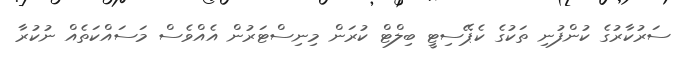
ސަރުކާރުގެ ކުންފުނި ތަކުގެ ކެޕޭސިޓީ ބިލްޓް ކުރަން މިނިސްޓަރުން އެއްވެސް މަސައްކަތެއް ނުކުރާ